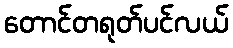
တောင်တရုတ်ပင်လယ်